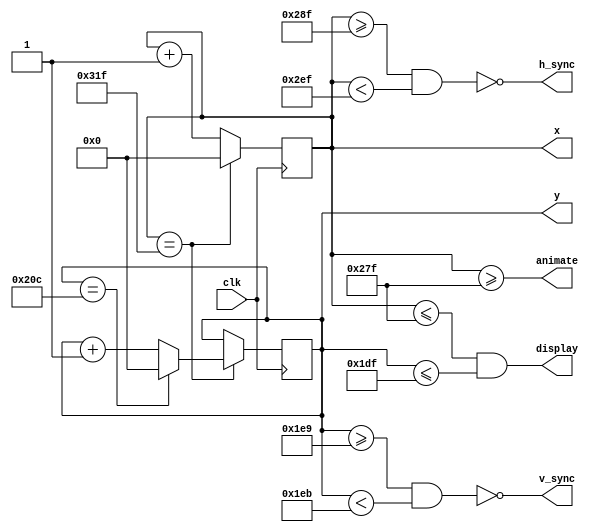
`timescale 1ns / 1ps
//////////////////////////////////////////////////////////////////////////////////
// Company: 
// Engineer: 
// 
// Design Name: 
// Module Name: vga_gen_two
// Project Name: 
// Target Devices: 
// Tool Versions: 
// Description: 
// 
// Dependencies: 
// 
// Revision:
// Revision 0.01 - File Created
// Additional Comments:
// 
//////////////////////////////////////////////////////////////////////////////////


module vga_gen_two(
    input clk,
    
    output reg [9:0] x, y,
    output v_sync, h_sync,
    output display,
    output animate
    );
    
// horizontal timings

    parameter HA_END = 639;          // end of active pixels
    parameter HS_STA = HA_END + 16;  // sync starts after front porch
    parameter HS_END = HS_STA + 96;  // sync ends
    parameter LINE   = 799;          // last pixel on line (after back porch)

    // vertical timings
    parameter VA_END = 479;          // end of active pixels
    parameter VS_STA = VA_END + 10;  // sync starts after front porch
    parameter VS_END = VS_STA + 2;   // sync ends
    parameter SCREEN = 524;          // last line on screen (after back porch)

 
    assign h_sync = ~(x >= HS_STA && x < HS_END);  // invert: hsync polarity is negative
    assign v_sync = ~(y >= VS_STA && y < VS_END);  // invert: vsync polarity is negative
    assign display = (x <= HA_END && y <= VA_END);
    assign animate = (x >= HA_END);
    
    always@(posedge clk)
    begin
    if(x == LINE)
    begin
        x <= 0;
        y <= (y == SCREEN) ? 0 : y + 1;
    end
    
    else
    begin
        x <= x + 1;
    end
    end
    
endmodule